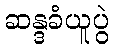
ဆန္ဒခံယူပွဲ